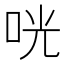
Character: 咣